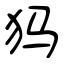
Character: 犸